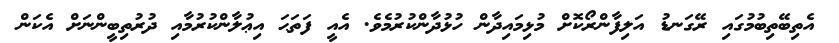
އެތިބޭތިބުމުގައި ރޭގަނޑު އަލިފާންރޯކޮށް މުޅިމައިދާން ހުޅުދާންކުރުމެވެ. އެއީ ފަތަޙަ އިޢުލާންކުރުމާއި ދުރުތިބީންނަށް އެކަން